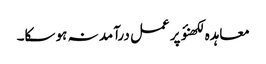
معاہدہ لکھنؤ پر عمل درآمد نہ ہو سکا۔